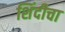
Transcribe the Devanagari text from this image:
शिंदीचा